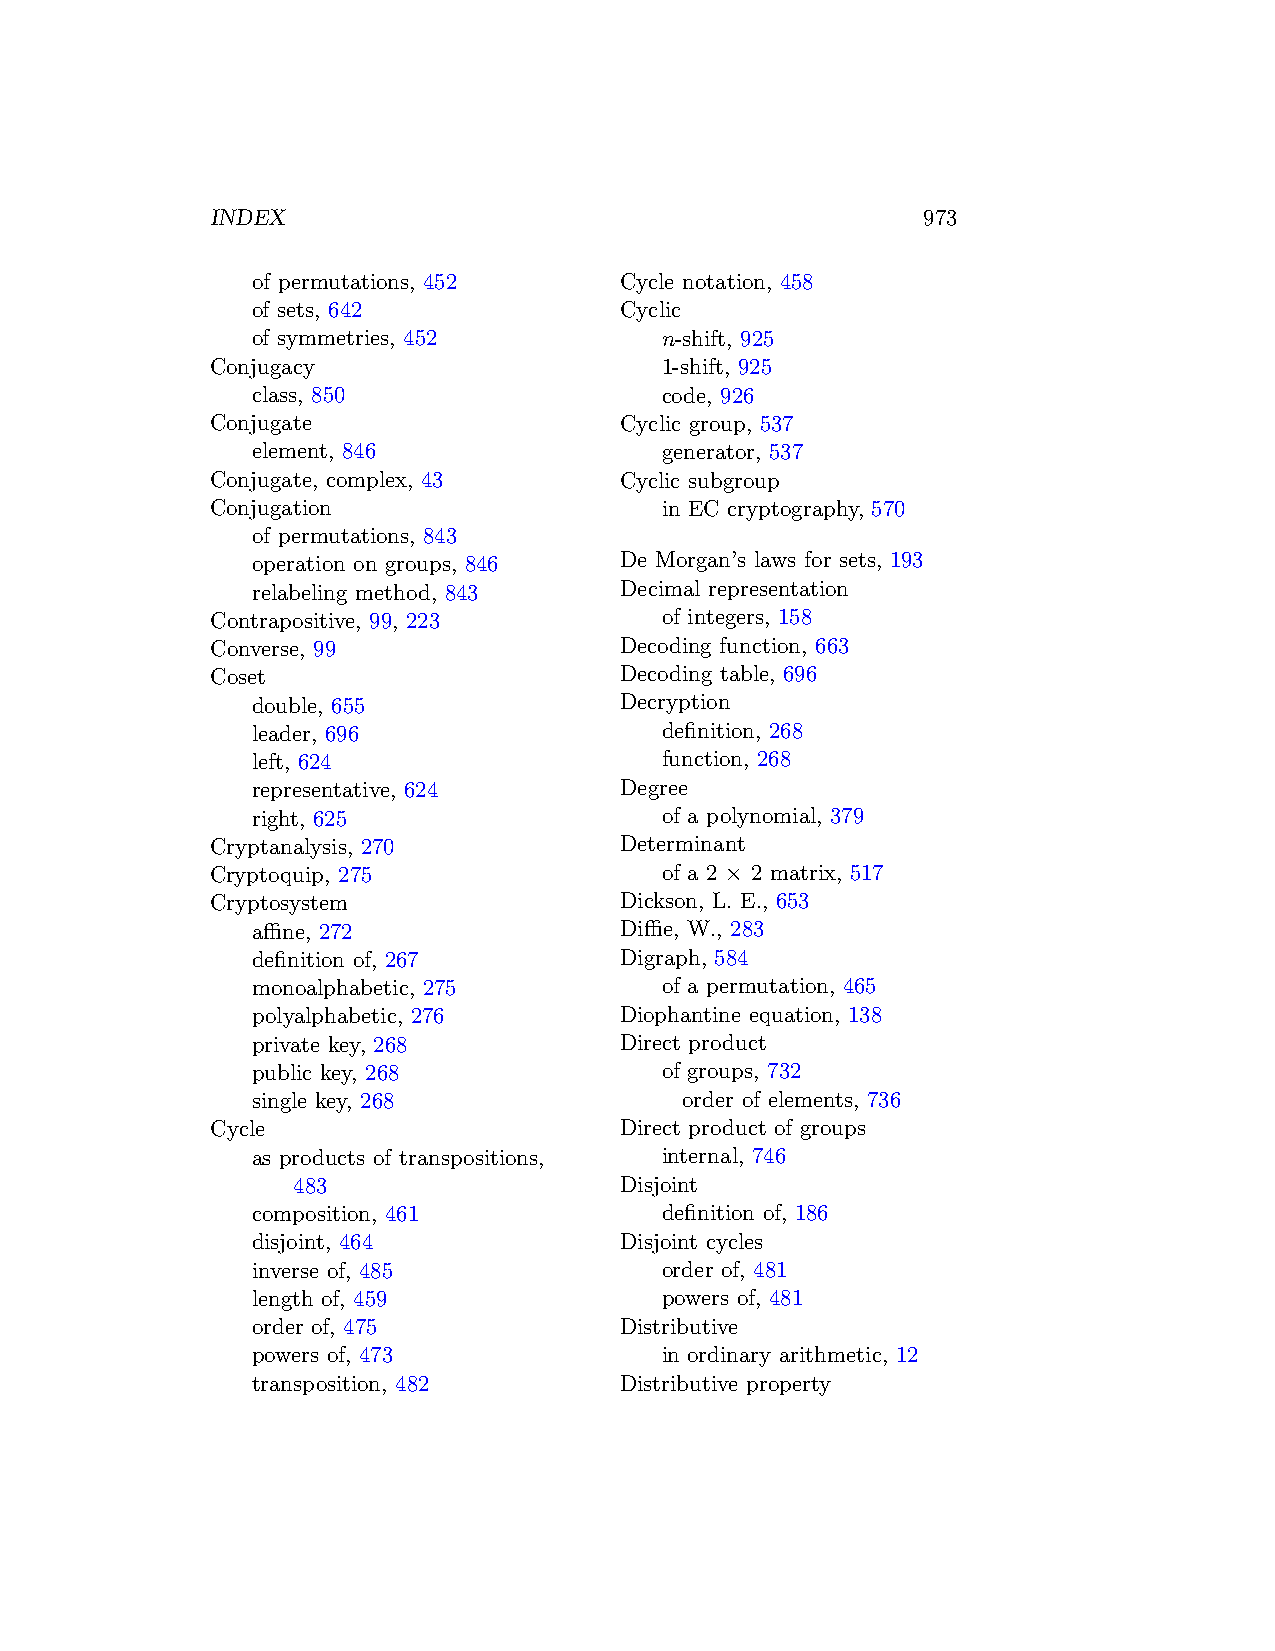
INDEX                                          973
 of permutations, 452    Cycle notation, 458
 of sets, 642            Cyclic
 of symmetries, 452         n-shift, 925
 Conjugacy                     1-shift, 925
 class, 850                 code, 926
 Conjugate                  Cyclic group, 537
 element, 846               generator, 537
 Conjugate, complex, 43     Cyclic subgroup
 Conjugation                   in EC cryptography, 570
 of permutations, 843
 operation on groups, 846 De Morgan’s laws for sets, 193
 relabeling method, 843  Decimal representation
 Contrapositive, 99, 223       of integers, 158
 Converse, 99               Decoding function, 663
 Coset                      Decoding table, 696
 double, 655             Decryption
 leader, 696                definition, 268
 left, 624                  function, 268
 representative, 624     Degree
 right, 625                 of a polynomial, 379
 Cryptanalysis, 270         Determinant
 Cryptoquip, 275               of a 2 × 2 matrix, 517
 Cryptosystem               Dickson, L. E., 653
 affine, 272             Diffie, W., 283
 definition of, 267      Digraph, 584
 monoalphabetic, 275        of a permutation, 465
 polyalphabetic, 276     Diophantine equation, 138
 private key, 268        Direct product
 public key, 268            of groups, 732
 single key, 268             order of elements, 736
 Cycle                      Direct product of groups
 as products of transpositions, internal, 746
 483                   Disjoint
 composition, 461           definition of, 186
 disjoint, 464           Disjoint cycles
 inverse of, 485            order of, 481
 length of, 459             powers of, 481
 order of, 475           Distributive
 powers of, 473             in ordinary arithmetic, 12
 transposition, 482      Distributive property